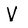
Character: V